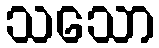
သသော